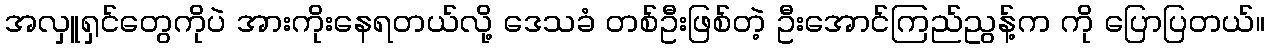
အလှူရှင်တွေကိုပဲ အားကိုးနေရတယ်လို့ ဒေသခံ တစ်ဦးဖြစ်တဲ့ ဦးအောင်ကြည်ညွန့်က ကို ပြောပြတယ်။